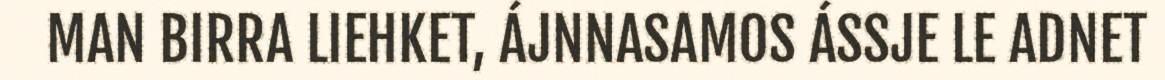
MAN BIRRA LIEHKET, ÁJNNASAMOS ÁSSJE LE ADNET